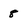
Character: 8